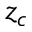
z _ { c }